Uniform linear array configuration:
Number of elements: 32
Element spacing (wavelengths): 0.5
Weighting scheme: hamming
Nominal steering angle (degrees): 0
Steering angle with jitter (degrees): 0.154
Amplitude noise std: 0.05
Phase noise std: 0.05

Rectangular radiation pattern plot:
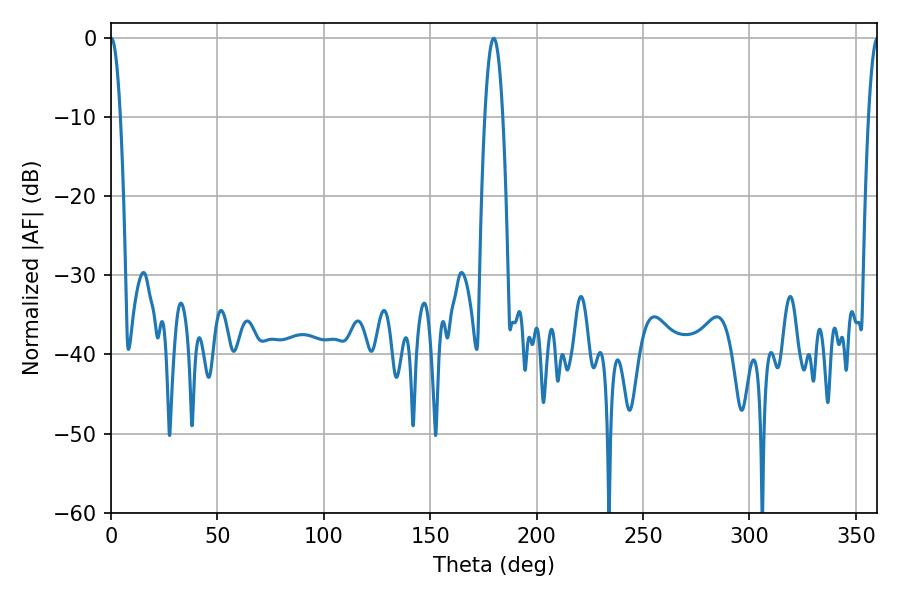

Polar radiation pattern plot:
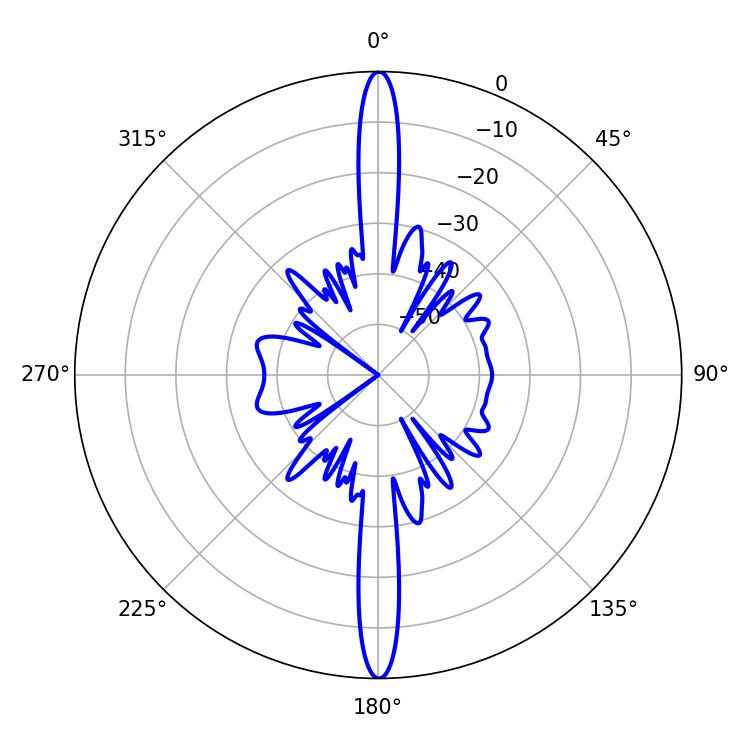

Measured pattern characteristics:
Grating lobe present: FALSE
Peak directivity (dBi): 35.656
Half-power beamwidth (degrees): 4.68
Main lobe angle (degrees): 179.82